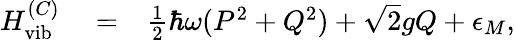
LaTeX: \begin{array}{rlr}{H_{\textrm{vib}}^{(C)}}&{{}=}&{\frac{1}{2}\hbar\omega(P^{2}+Q^{2})+\sqrt{2}gQ+\epsilon_{M},}\end{array}